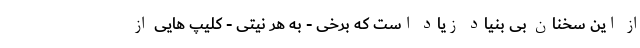
از این سخنان بی بنیاد زیاد است که برخی - به هر نیتی - کلیپ هایی از